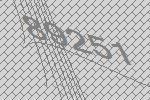
89251